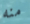
منه